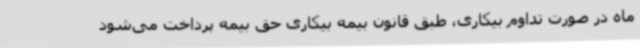
ماه در صورت تداوم بیکاری، طبق قانون بیمه بیکاری حق بیمه پرداخت می‌شود